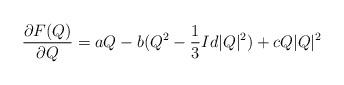
LaTeX: \begin{align*}\frac{\partial F(Q)}{\partial Q}=aQ-b(Q^2-\frac{1}{3}Id |Q|^2)+cQ|Q|^2\end{align*}